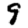
Digit: 9